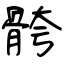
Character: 骻